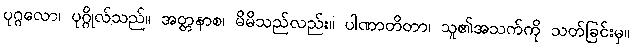
ပုဂ္ဂလော၊ ပုဂ္ဂိုလ်သည်။ အတ္တနာစ၊ မိမိသည်လည်း။ ပါဏာတိတာ၊ သူ၏အသက်ကို သတ်ခြင်းမှ။